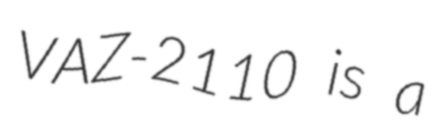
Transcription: VAZ-2110 is a